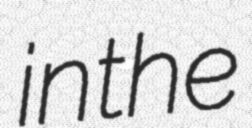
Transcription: in the